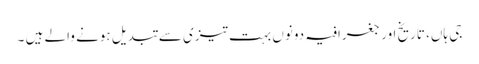
جی ہاں، تاریخ اور جغرافیہ دونوں بہت تیزی سے تبدیل ہونے والے ہیں ۔